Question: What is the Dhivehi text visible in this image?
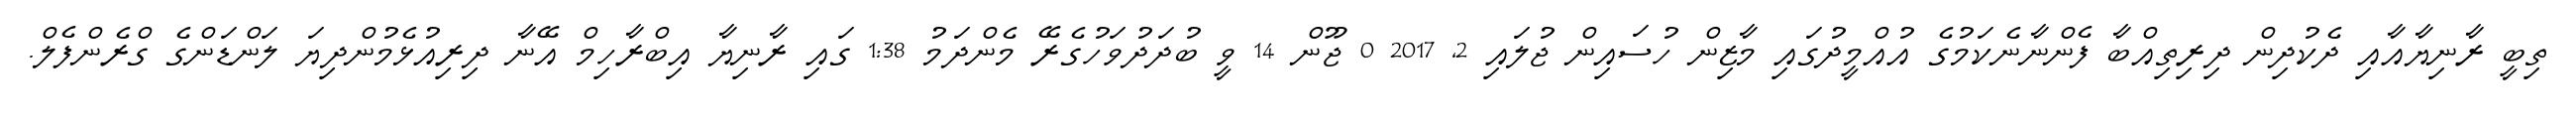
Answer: ތިބީ ރާނިޔާއާއި ދެކުދިން ދިރިތިއްބާ ފެންނާނެކަމުގެ އުއްމީދުގައި މާޒިން ހުސައިން ޖުލައި 2, 2017 0 ޖޫން 14 ވީ ބުދަދުވަހުގެރޭ މެންދަމު 1:38 ގައި ރާނިޔާ އިބްރާހިމް އޭނާ ދިރިއުޅެމުންދިޔަ ލަންޑަންގެ ގްރެންފެލް.